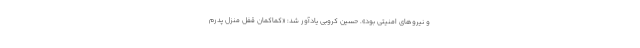
و نیروهای امنیتی بود». حسین کروبی یادآور شد: «کماکمان قفل منزل پدرم